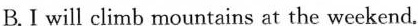
B.Ⅰ will climb mountains at the weekend.